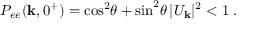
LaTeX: { \cal P } _ { e e } ( { \bf k } , 0 ^ { + } ) = \cos ^ { 2 } \! \theta + \sin ^ { 2 } \! \theta \, | U _ { \bf k } | ^ { 2 } < 1 \; .